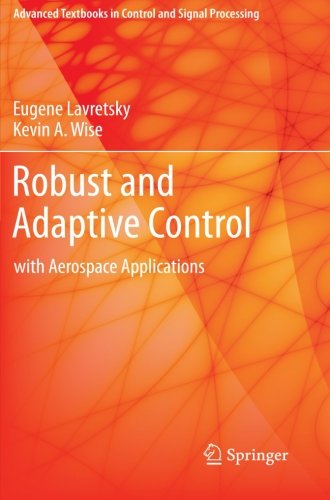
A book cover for Robust and Adaptive Control: With Aerospace Applications (Advanced Textbooks in Control and Signal Processing); Eugene Lavretsky; Science & Math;